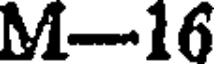
M-16